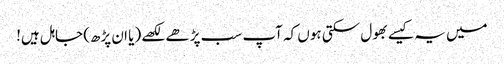
میں یہ کیسے بھول سکتی ہوں کہ آپ سب پڑھے لکھے (یا ان پڑھ) جاہل ہیں!